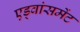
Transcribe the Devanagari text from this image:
एड्वांसमेंट